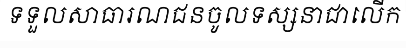
ទទួលសាធារណជនចូលទស្សនាជាលើក